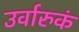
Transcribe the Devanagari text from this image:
उर्वारुकं